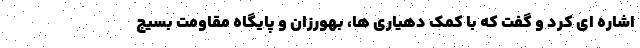
اشاره ای کرد و گفت که با کمک دهیاری ها، بهورزان و پایگاه مقاومت بسیج